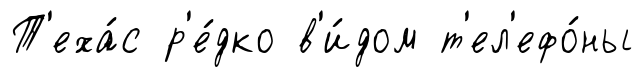
Т'еха́с р'е́дко в'и́дом т'ел'ефо́ны